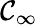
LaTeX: \mathcal{C}_{\infty}